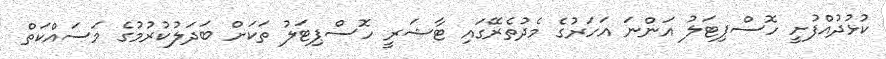
ކުޅުދުއްފުށީ ހޮސްޕިޓަލު އަންނަ އަހަރުގެ މެދުތެރޭގައި ޓާޝަރީ ހޮސްޕިޓަލު ތަކަށް ބަދަލުކުރުމުގެ މަސައްކަތް